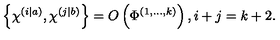
\left\{ \chi ^ { \left( i | a \right) } , \chi ^ { \left( j | b \right) } \right\} = O \left( \Phi ^ { \left( 1 , . . . , k \right) } \right) , i + j = k + 2 .